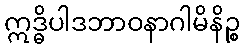
ဣဒ္ဓိပါဒဘာဝနာဂါမိနိဉ္စ